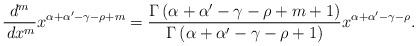
LaTeX: \begin{align*}\frac{d^m}{\,dx^m}x^{\alpha+\alpha'-\gamma-\rho+m}=\frac{\Gamma\left(\alpha+\alpha'-\gamma-\rho+m+1\right)}{\Gamma\left(\alpha+\alpha'-\gamma-\rho+1\right)}x^{\alpha+\alpha'-\gamma-\rho}.\end{align*}